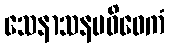
သေနာသနပဝိဝေကံ